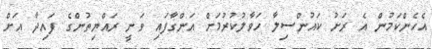
އެހެންކަމުން އެ ރަށު ކައުންސިލާ ހަވާލުކުރުމަށް އަންގާފައި ވަނީ ރައްޔިތުންގެ ފައިދާ އަށް